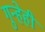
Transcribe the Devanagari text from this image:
गुन्हेही